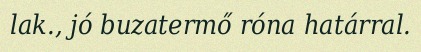
lak., jó buzatermő róna határral.